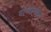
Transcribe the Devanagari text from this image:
यांच्यामधिल